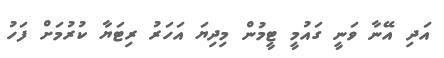
އަދި އޭނާ ވަނީ ގައުމީ ޓީމުން މިދިޔަ އަހަރު ރިޓަޔާ ކުރުމަށް ފަހު